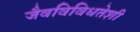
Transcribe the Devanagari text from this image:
जैवविविधतेशी